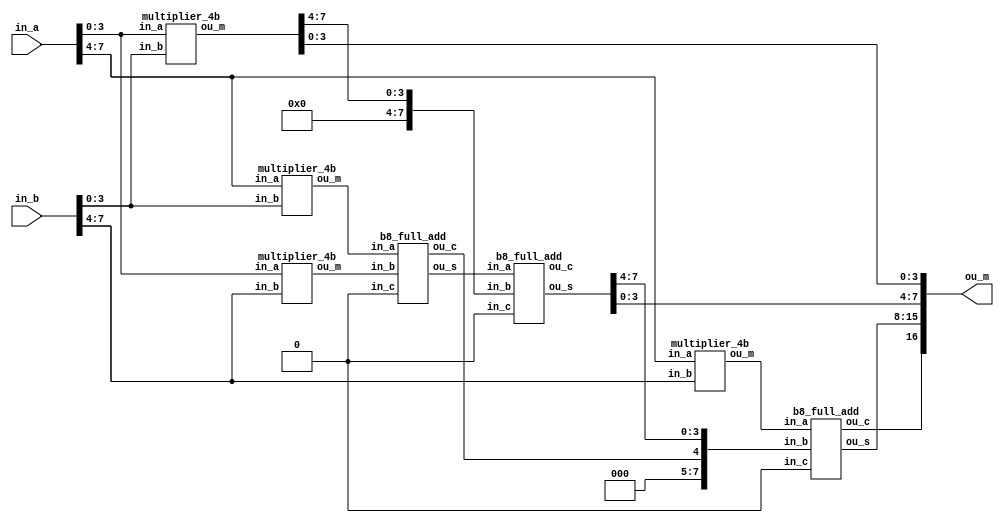
module multiplier_8b(in_a, in_b, ou_m);
	input [7:0] in_a, in_b;
	output[16:0] ou_m;
	wire[7:0] ou_m0, ou_m1, ou_m2, ou_m3, s0, s1, s2;
	wire [2:0] cou;
	
	multiplier_4b m0(in_a[3:0], in_b[3:0], ou_m0[7:0]);
	multiplier_4b m1(in_a[3:0], in_b[7:4], ou_m1[7:0]);
	multiplier_4b m2(in_a[7:4], in_b[3:0], ou_m2[7:0]);
	multiplier_4b m3(in_a[7:4], in_b[7:4], ou_m3[7:0]);
	
	b8_full_add f0(ou_m2, ou_m1, 1'b0, cou[0], s0);
	b8_full_add f1(s0, {4'b0000, ou_m0[7:4]}, 1'b0, cou[1], s1);
	b8_full_add f2(ou_m3, {3'b000, cou[0], s1[7:4]}, 1'b0, cou[2], s2);
	
	assign ou_m[0] = ou_m0[0];
	assign ou_m[1] = ou_m0[1];
	assign ou_m[2] = ou_m0[2];
	assign ou_m[3] = ou_m0[3];
	assign ou_m[4] = s1[0];
	assign ou_m[5] = s1[1];
	assign ou_m[6] = s1[2];
	assign ou_m[7] = s1[3];
	assign ou_m[8] = s2[0];
	assign ou_m[9] = s2[1];
	assign ou_m[10] = s2[2];
	assign ou_m[11] = s2[3];
	assign ou_m[12] = s2[4];
	assign ou_m[13] = s2[5];
	assign ou_m[14] = s2[6];
	assign ou_m[15] = s2[7];
	assign ou_m[16] = cou[2];
endmodule

module multiplier_4b(in_a, in_b, ou_m);
	input [3:0] in_a, in_b;
	output[7:0] ou_m;
	wire[3:0] sumA, sumB, sumC, sumD;
	wire[2:0] cou;
	wire[3:0] fa1, fa2, fa3;
	
	assign sumA[0] = in_a[0] & in_b[0]; 
	assign sumA[1] = in_a[1] & in_b[0]; 
	assign sumA[2] = in_a[2] & in_b[0]; 
	assign sumA[3] = in_a[3] & in_b[0]; 
	
	assign sumB[0] = in_a[0] & in_b[1];
	assign sumB[1] = in_a[1] & in_b[1];
	assign sumB[2] = in_a[2] & in_b[1];
	assign sumB[3] = in_a[3] & in_b[1];
	
	b4_full_add f1({1'b0, sumA[3], sumA[2], sumA[1]}, {sumB[3], sumB[2], sumB[1], sumB[0]}, 1'b0, cou[0], {fa1[3], fa1[2], fa1[1], fa1[0]});
	
	assign sumC[0] = in_a[0] & in_b[2];
	assign sumC[1] = in_a[1] & in_b[2];
	assign sumC[2] = in_a[2] & in_b[2];
	assign sumC[3] = in_a[3] & in_b[2];
	
	b4_full_add f2({cou[0], fa1[3], fa1[2], fa1[1]}, {sumC[3], sumC[2], sumC[1], sumC[0]}, 1'b0, cou[1], {fa2[3], fa2[2], fa2[1], fa2[0]});
	
	assign sumD[0] = in_a[0] & in_b[3];
	assign sumD[1] = in_a[1] & in_b[3];
	assign sumD[2] = in_a[2] & in_b[3];
	assign sumD[3] = in_a[3] & in_b[3];
	
	b4_full_add f3({cou[1], fa2[3], fa2[2], fa2[1]}, {sumD[3], sumD[2], sumD[1], sumD[0]}, 1'b0, cou[2], {fa3[3], fa3[2], fa3[1], fa3[0]});
	
	assign ou_m[0] = sumA[0];
	assign ou_m[1] = fa1[0];
	assign ou_m[2] = fa2[0];
	assign ou_m[3] = fa3[0];
	assign ou_m[4] = fa3[1];
	assign ou_m[5] = fa3[2];
	assign ou_m[6] = fa3[3];
	assign ou_m[7] = cou[2];
	
endmodule


module b8_full_add(in_a, in_b, in_c, ou_c, ou_s);
	input [7:0] in_a, in_b;
	input in_c;
	output [7:0] ou_s;
	output ou_c;
	wire cou;
	
	b4_full_add f8_0({in_a[3], in_a[2], in_a[1], in_a[0]},{in_b[3], in_b[2], in_b[1], in_b[0]}, in_c, cou, {ou_s[3], ou_s[2], ou_s[1], ou_s[0]});
	b4_full_add f8_1({in_a[7], in_a[6], in_a[5], in_a[4]},{in_b[7], in_b[6], in_b[5], in_b[4]}, cou, ou_c, {ou_s[7], ou_s[6], ou_s[5], ou_s[4]});

endmodule

module b4_full_add(in_a, in_b, in_c, ou_c, ou_s);
	input [3:0] in_a, in_b;
	input in_c;
	output [3:0] ou_s;
	output ou_c;
	wire [3:1] cou;
	
	full_add f4_0(in_a[0], in_b[0], in_c  , cou[1], ou_s[0]);
	full_add f4_1(in_a[1], in_b[1], cou[1], cou[2], ou_s[1]);
	full_add f4_2(in_a[2], in_b[2], cou[2], cou[3], ou_s[2]);
	full_add f4_3(in_a[3], in_b[3], cou[3],   ou_c, ou_s[3]);
	
endmodule

module full_add(in_a, in_b, in_c, ou_c, ou_s);
	input in_a, in_b, in_c;
	output ou_c, ou_s;
	wire ou_c, ou_s;
	
	assign ou_s = (in_a^in_b) ^ (in_c);
	assign ou_c = ((in_a^in_b)&in_c) | (in_a&in_b);
	
endmodule